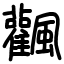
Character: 飌